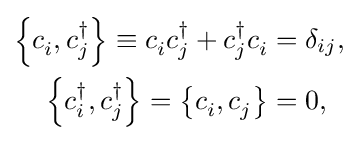
{\begin{aligned}\left\{c_{i}^{\,},c_{j}^{\dagger }\right\}\equiv c_{i}^{\,}c_{j}^{\dagger }+c_{j}^{\dagger }c_{i}^{\,}&=\delta _{ij},\\\left\{c_{i}^{\dagger },c_{j}^{\dagger }\right\}=\left\{c_{i}^{\,},c_{j}^{\,}\right\}&=0,\end{aligned}}